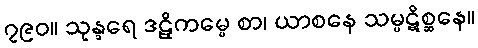
၇၉၀။ သုန္ဒရေ ဒဠှိကမ္မေ စာ၊ ယာစနေ သမ္ပဋိစ္ဆနေ။